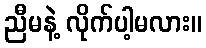
ညီမနဲ့ လိုက်ပါ့မလား။